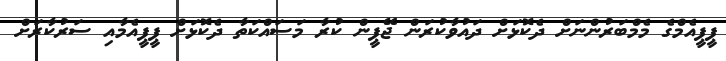
ޕީޕީއެމްގެ މެމްބަރުންނަށް ދެކޮޅަށް ދައުވާކުރަން ޖޭޕީން ކުރާ މަސައްކަތާ ދެކޮޅަށް ޕީޕީއެމާއި ސަރުކާރަށް